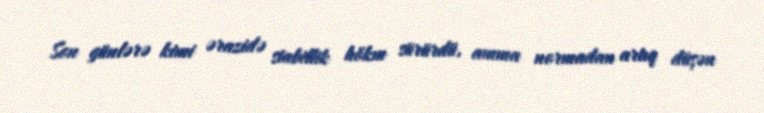
Son günlərə kimi ərazidə stabillik hökm sürürdü, amma normadan artıq düşən